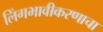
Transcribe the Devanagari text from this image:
लिंगभावीकरणाचा